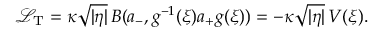
\mathcal L _ { \mathrm T } = \kappa \sqrt { | \eta | } \, B ( a _ { - } , g ^ { - 1 } ( \xi ) a _ { + } g ( \xi ) ) = - \kappa \sqrt { | \eta | } \, V ( \xi ) .